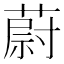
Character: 蔚